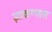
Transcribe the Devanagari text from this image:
झाकण्यास